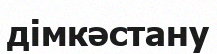
дімкәстану